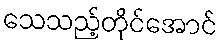
သေသည့်တိုင်အောင်